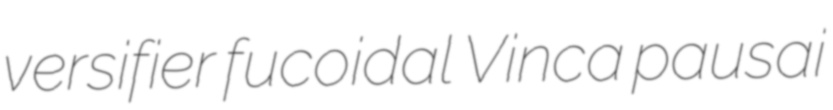
versifier fucoidal Vinca pausai